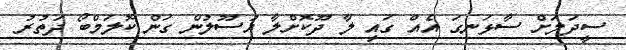
ސީދަލަށް ސާޅަނގަ އެއް ގައި ލާ ދޫކޮށްލާ އުސޫލުން ގަން ކޮލަމްބޯ ދަތުރު